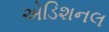
એડિશનલ